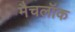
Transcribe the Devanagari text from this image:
मैचलॉक